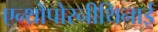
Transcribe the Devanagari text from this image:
एन्थ्रोपोरनीथिनाई